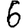
Digit: 6